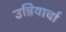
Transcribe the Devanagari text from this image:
उन्नियार्चा